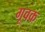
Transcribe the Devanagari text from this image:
गूवक